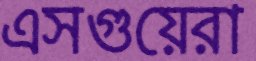
এসগুয়েরা